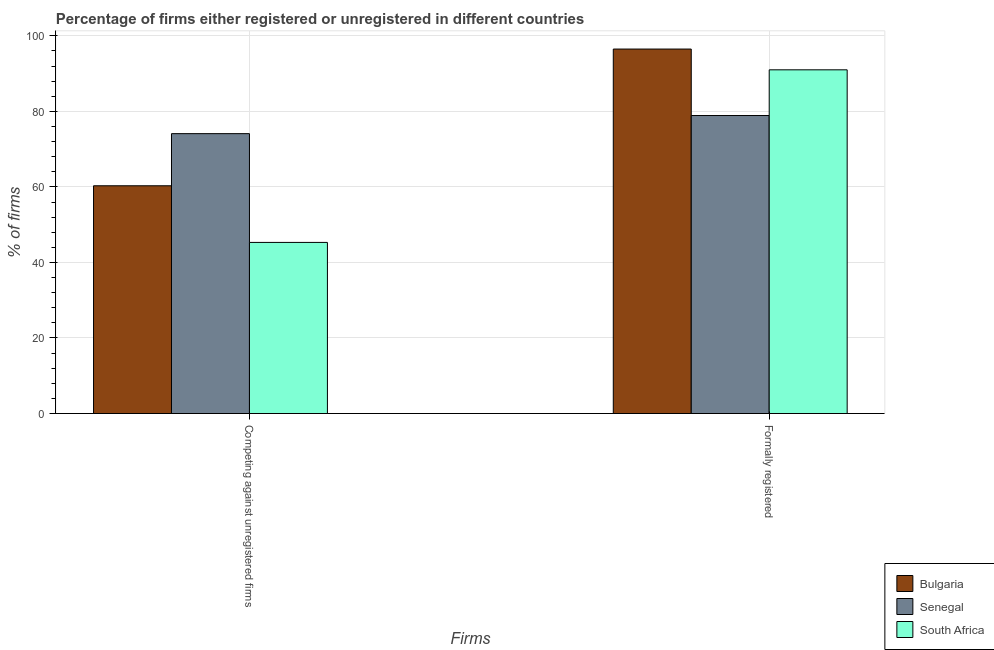
| Firms | Bulgaria | Senegal | South Africa |
 | --- | --- | --- | --- |
 | Competing against unregistered firms | 60.3 | 74.1 | 45.3 |
 | Formally registered | 96.5 | 78.9 | 91 |